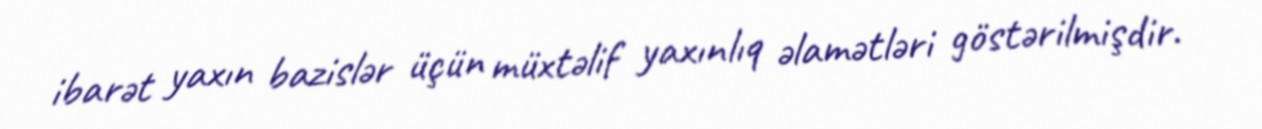
ibarət yaxın bazislər üçün müxtəlif yaxınlıq əlamətləri göstərilmişdir.